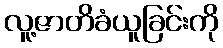
လူ့ဇာတိခံယူခြင်းကို